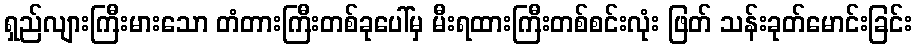
ရှည်လျားကြီးမားသော တံတားကြီးတစ်ခုပေါ်မှ မီးရထားကြီးတစ်စင်းလုံး ဖြတ် သန်းခုတ်မောင်းခြင်း